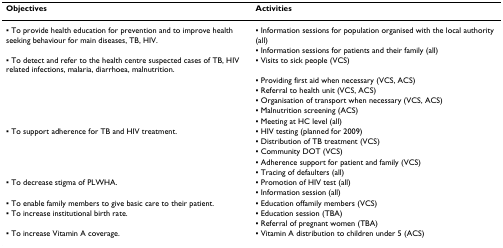
| Objectives | Activities |
 | --- | --- |
 | ▪ To provide health education for prevention and to improve health seeking behaviour for main diseases, TB, HIV. | ▪ Information sessions for population organised with the local authority (all) |
 |  | ▪ Information sessions for patients and their family (all) |
 | ▪ To detect and refer to the health centre suspected cases of TB, HIV related infections, malaria, diarrhoea, malnutrition. | ▪ Visits to sick people (VCS) |
 |  | ▪ Providing first aid when necessary (VCS, ACS) |
 |  | ▪ Referral to health unit (VCS, ACS) |
 |  | ▪ Organisation of transport when necessary (VCS, ACS) |
 |  | ▪ Malnutrition screening (ACS) |
 |  | ▪ Meeting at HC level (all) |
 | ▪ To support adherence for TB and HIV treatment. | ▪ HIV testing (planned for 2009) |
 |  | ▪ Distribution of TB treatment (VCS) |
 |  | ▪ Community DOT (VCS) |
 |  | ▪ Adherence support for patient and family (VCS) |
 |  | ▪ Tracing of defaulters (all) |
 | ▪ To decrease stigma of PLWHA. | ▪ Promotion of HIV test (all) |
 |  | ▪ Information session (all) |
 | ▪ To enable family members to give basic care to their patient. | ▪ Education offamily members (VCS) |
 | ▪ To increase institutional birth rate. | ▪ Education session (TBA) |
 |  | ▪ Referral of pregnant women (TBA) |
 | ▪ To increase Vitamin A coverage. | ▪ Vitamin A distribution to children under 5 (ACS) |